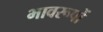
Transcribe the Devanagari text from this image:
भावरूपों